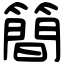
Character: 簡